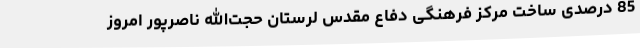
85 درصدی ساخت مرکز فرهنگی دفاع مقدس لرستان حجت‌الله ناصرپور امروز